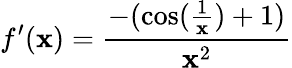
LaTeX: f^{\prime}(\mathbf{x})={\frac{{-(\cos({\frac{{1}}{{\mathbf{x}}}})+1)}}{{\mathbf{x}^{2}}}}